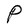
Character: P